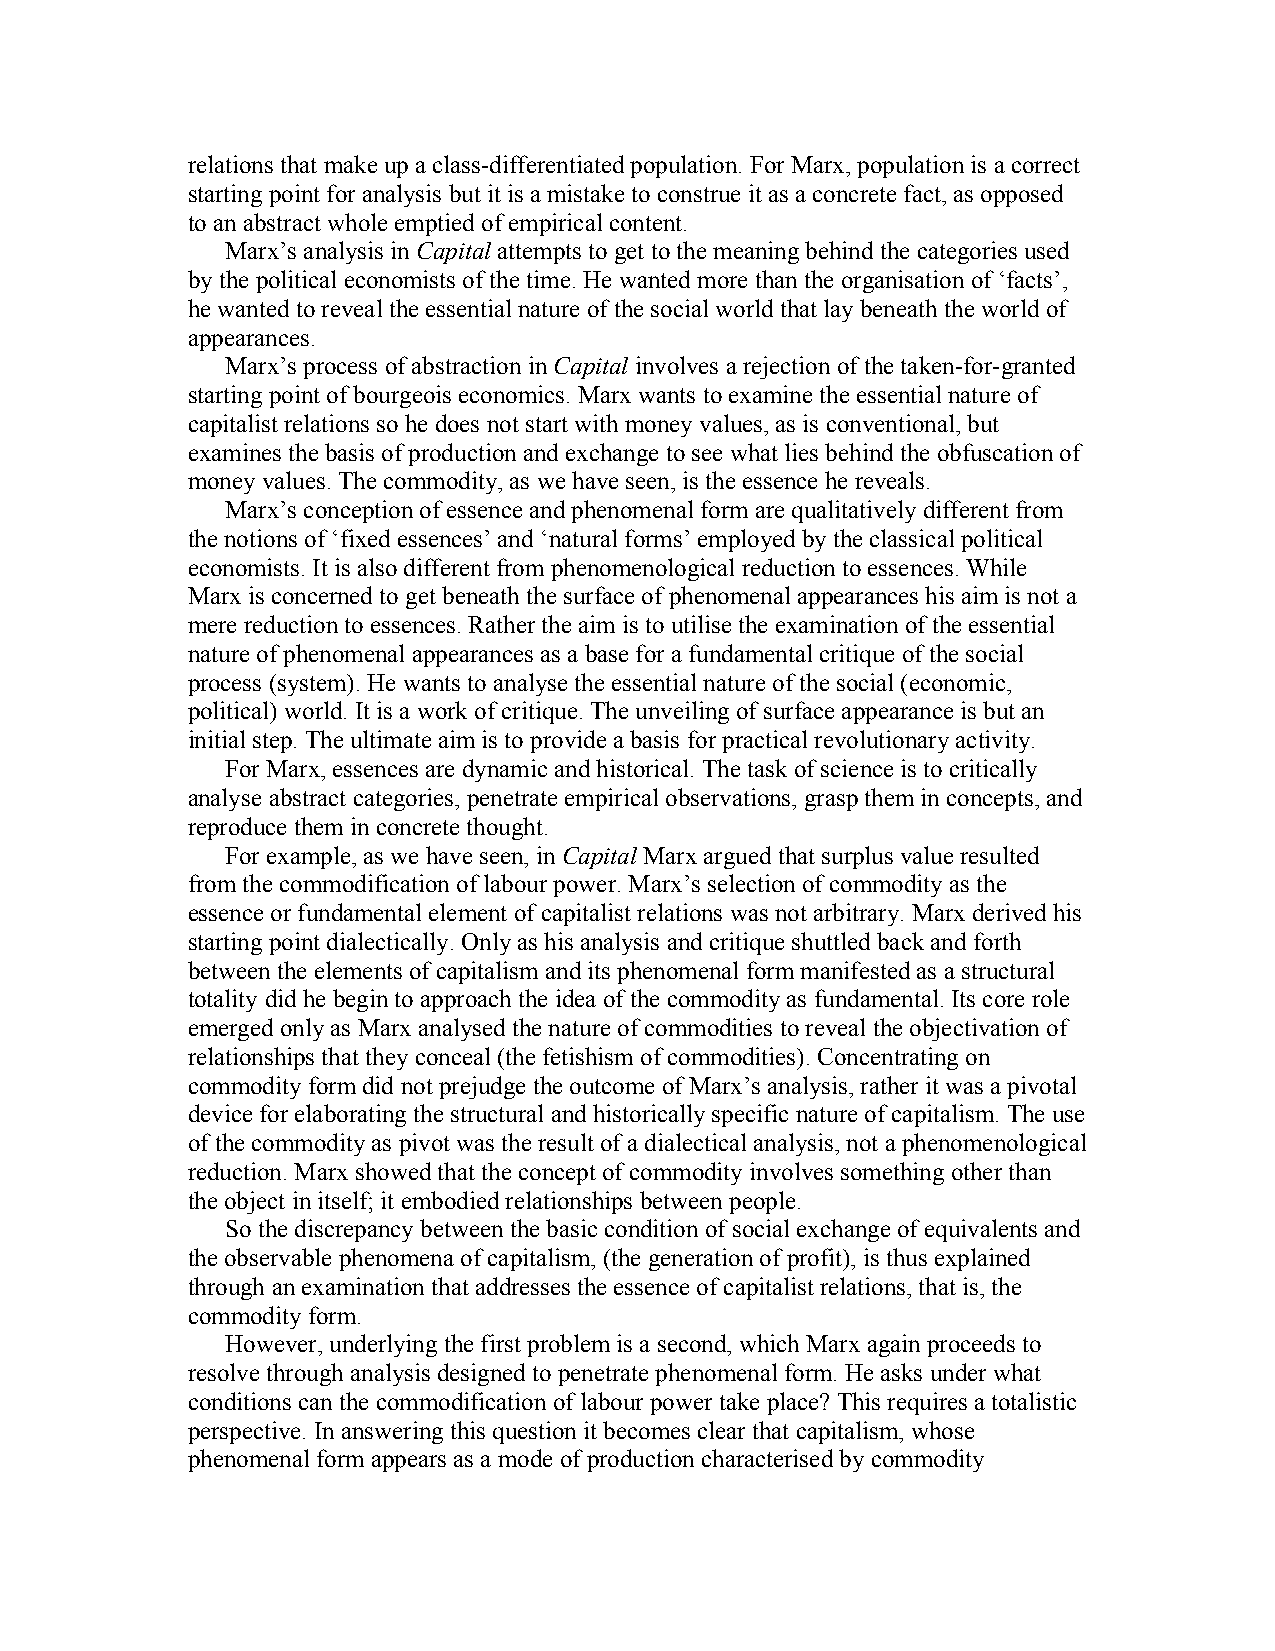
relations that make up a class-differentiated population. For Marx, population is a correct
 starting point for analysis but it is a mistake to construe it as a concrete fact, as opposed
 to an abstract whole emptied of empirical content.
 Marx’s analysis in Capital attempts to get to the meaning behind the categories used
 by the political economists of the time. He wanted more than the organisation of ‘facts’,
 he wanted to reveal the essential nature of the social world that lay beneath the world of
 appearances.
 Marx’s process of abstraction in Capital involves a rejection of the taken-for-granted
 starting point of bourgeois economics. Marx wants to examine the essential nature of
 capitalist relations so he does not start with money values, as is conventional, but
 examines the basis of production and exchange to see what lies behind the obfuscation of
 money values. The commodity, as we have seen, is the essence he reveals.
 Marx’s conception of essence and phenomenal form are qualitatively different from
 the notions of ‘fixed essences’ and ‘natural forms’ employed by the classical political
 economists. It is also different from phenomenological reduction to essences. While
 Marx is concerned to get beneath the surface of phenomenal appearances his aim is not a
 mere reduction to essences. Rather the aim is to utilise the examination of the essential
 nature of phenomenal appearances as a base for a fundamental critique of the social
 process (system). He wants to analyse the essential nature of the social (economic,
 political) world. It is a work of critique. The unveiling of surface appearance is but an
 initial step. The ultimate aim is to provide a basis for practical revolutionary activity.
 For Marx, essences are dynamic and historical. The task of science is to critically
 analyse abstract categories, penetrate empirical observations, grasp them in concepts, and
 reproduce them in concrete thought.
 For example, as we have seen, in Capital Marx argued that surplus value resulted
 from the commodification of labour power. Marx’s selection of commodity as the
 essence or fundamental element of capitalist relations was not arbitrary. Marx derived his
 starting point dialectically. Only as his analysis and critique shuttled back and forth
 between the elements of capitalism and its phenomenal form manifested as a structural
 totality did he begin to approach the idea of the commodity as fundamental. Its core role
 emerged only as Marx analysed the nature of commodities to reveal the objectivation of
 relationships that they conceal (the fetishism of commodities). Concentrating on
 commodity form did not prejudge the outcome of Marx’s analysis, rather it was a pivotal
 device for elaborating the structural and historically specific nature of capitalism. The use
 of the commodity as pivot was the result of a dialectical analysis, not a phenomenological
 reduction. Marx showed that the concept of commodity involves something other than
 the object in itself; it embodied relationships between people.
 So the discrepancy between the basic condition of social exchange of equivalents and
 the observable phenomena of capitalism, (the generation of profit), is thus explained
 through an examination that addresses the essence of capitalist relations, that is, the
 commodity form.
 However, underlying the first problem is a second, which Marx again proceeds to
 resolve through analysis designed to penetrate phenomenal form. He asks under what
 conditions can the commodification of labour power take place? This requires a totalistic
 perspective. In answering this question it becomes clear that capitalism, whose
 phenomenal form appears as a mode of production characterised by commodity